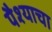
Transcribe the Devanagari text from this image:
पैश्याचा